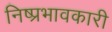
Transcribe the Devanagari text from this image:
निष्प्रभावकारी